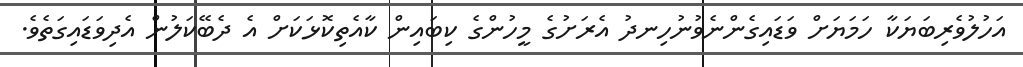
އަހުލުވެރިބަޔަކާ ހަމަޔަށް ވަޑައިގެންނެވުނުހިނދު އެރަށުގެ މީހުންގެ ކިބައިން ކާއެތިކޮޅަކަށް އެ ދެބޭކަލުން އެދިވަޑައިގަތެވެ.